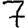
Digit: 7